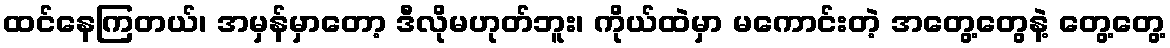
ထင်နေကြတယ်၊ အမှန်မှာတော့ ဒီလိုမဟုတ်ဘူး၊ ကိုယ်ထဲမှာ မကောင်းတဲ့ အတွေ့တွေနဲ့ တွေ့တွေ့